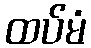
ထပ်မံ